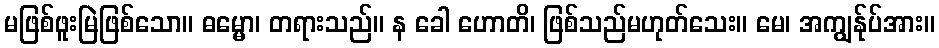
မဖြစ်ဖူးမြဲဖြစ်သော။ ဓမ္မော၊ တရားသည်။ န ခေါ ဟောတိ၊ ဖြစ်သည်မဟုတ်သေး။ မေ၊ အကျွန်ုပ်အား။